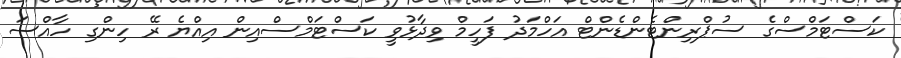
ކަސްޓަމްސްގެ ސުޕްރިންޓެންޑެންޓް އަހްމަދު ފަހީމް ވިދާޅުވީ ކަސްޓަމްސްއިން އިއްޔެ ރޭ ހިންގި ހާއްސަ